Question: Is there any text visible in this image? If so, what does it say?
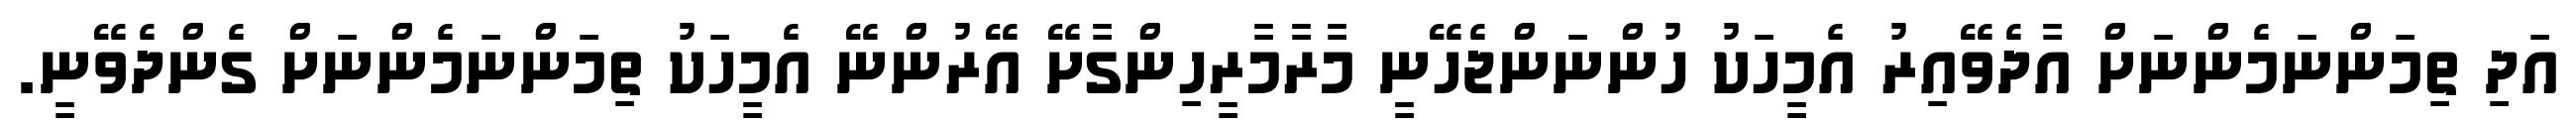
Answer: އަދި ތިމަންނަމެންނަށް އާދެވޭއިރު އެމީހަކު ހުންނަންޖެހޭނީ މާރާމާރީހިންގާށޭ އޭރުންނޭ އެމީހަކު ތިމަންނަމެންނަށް ގެންދެވޭނީ.